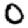
Digit: 0